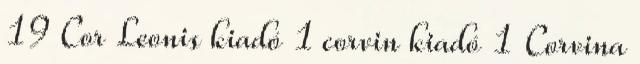
19 Cor Leonis kiadó 1 corvin kiadó 1 Corvina